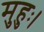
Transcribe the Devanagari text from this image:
मुहुः।